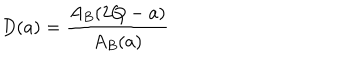
D ( a ) = \frac { A _ { B } ( 2 Q - a ) } { A _ { B } ( a ) }